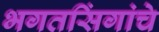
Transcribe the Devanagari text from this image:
भगतसिंगांचे